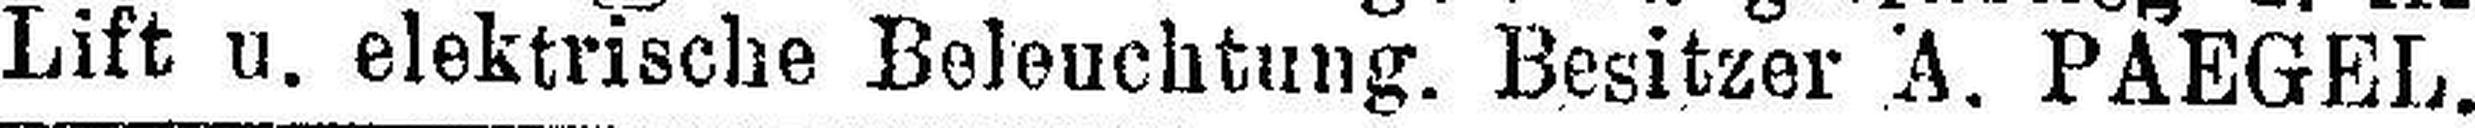
Lift u. elektrische Beleuchtung. Besitzer A. PAEGEL. 6281